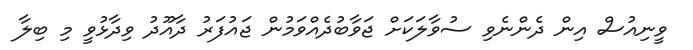
ވީނިއުސް އިން ދެންނެވި ސުވާލަކަށް ޖަވާބުދެއްވަމުން ޖައުފަރު ދާއޫދު ވިދާޅުވީ މި ބިލާ